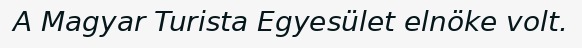
A Magyar Turista Egyesület elnöke volt.